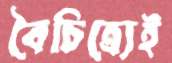
বৈচিত্র্যেই